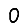
Digit: 0